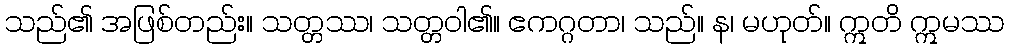
သည်၏ အဖြစ်တည်း။ သတ္တဿ၊ သတ္တဝါ၏။ ဧကဂ္ဂတာ၊ သည်။ န၊ မဟုတ်။ ဣတိ ဣမဿ